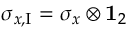
\sigma _ { x , \mathrm { I } } = \sigma _ { x } \otimes { \bf 1 } _ { 2 }